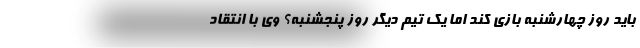
باید روز چهارشنبه بازی کند اما یک تیم دیگر روز پنجشنبه؟ وی با انتقاد